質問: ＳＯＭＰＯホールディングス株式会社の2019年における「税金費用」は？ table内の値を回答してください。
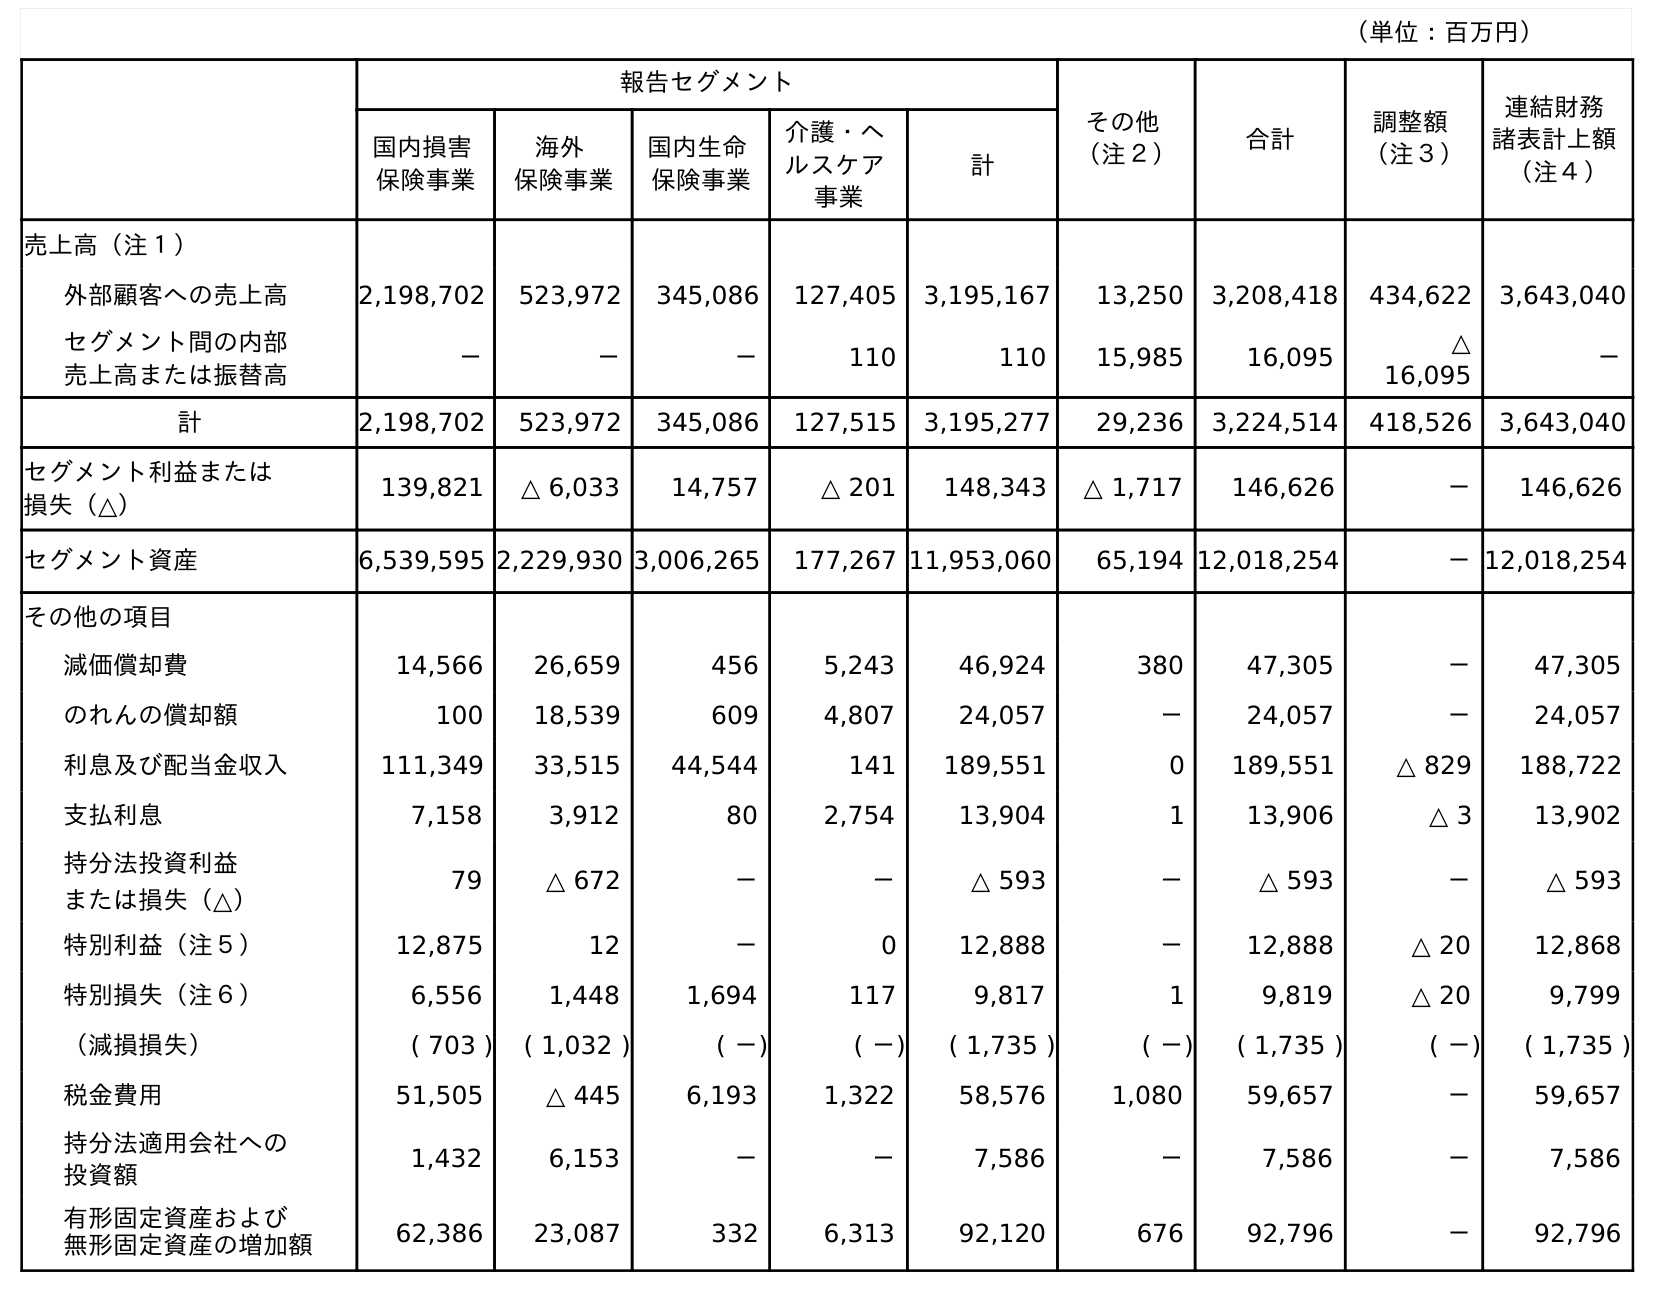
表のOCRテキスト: （単位：百万円） 報告セグメント その他 （注２） 合計 調整額 （注３） 連結財務 諸表計上額 （注４） 国内損害 保険事業 海外 保険事業 国内生命 保険事業 介護・ヘ ルスケア 事業 計 売上高（注１） 外部顧客への売上高 2,198,702 523,972 345,086 127,405 3,195,167 13,250 3,208,418 434,622 3,643,040 セグメント間の内部 売上高または振替高 － － － 110 110 15,985 16,095 △ 16,095 － 計 2,198,702 523,972 345,086 127,515 3,195,277 29,236 3,224,514 418,526 3,643,040 セグメント利益または 損失（△） 139,821 △ 6,033 14,757 △ 201 148,343 △ 1,717 146,626 － 146,626 セグメント資産 6,539,595 2,229,930 3,006,265 177,267 11,953,060 65,194 12,018,254 －12,018,254 その他の項目 減価償却費 14,566 26,659 456 5,243 46,924 380 47,305 － 47,305 のれんの償却額 100 18,539 609 4,807 24,057 － 24,057 － 24,057 利息及び配当金収入 111,349 33,515 44,544 141 189,551 0 189,551 △ 829 188,722 支払利息 7,158 3,912 80 2,754 13,904 1 13,906 △ 3 13,902 持分法投資利益 または損失（△） 79 △ 672 － － △ 593 － △ 593 － △ 593 特別利益（注５） 12,875 12 － 0 12,888 － 12,888 △ 20 12,868 特別損失（注６） 6,556 1,448 1,694 117 9,817 1 9,819 △ 20 9,799 （減損損失） ( 703 ) ( 1,032 ) ( －) ( －) ( 1,735 ) ( －) ( 1,735 ) ( －) ( 1,735 ) 税金費用 51,505 △ 445 6,193 1,322 58,576 1,080 59,657 － 59,657 持分法適用会社への 投資額 1,432 6,153 － － 7,586 － 7,586 － 7,586 有形固定資産および 無形固定資産の増加額 62,386 23,087 332 6,313 92,120 676 92,796 － 92,796
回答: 59,657